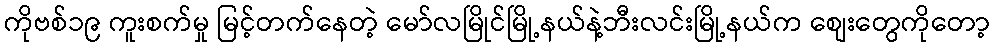
ကိုဗစ်၁၉ ကူးစက်မှု မြင့်တက်နေတဲ့ မော်လမြိုင်မြို့နယ်နဲ့ဘီးလင်းမြို့နယ်က စျေးတွေကိုတော့